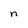
Character: n